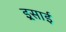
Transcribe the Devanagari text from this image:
इ्र्रसाई